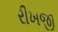
રીખજી